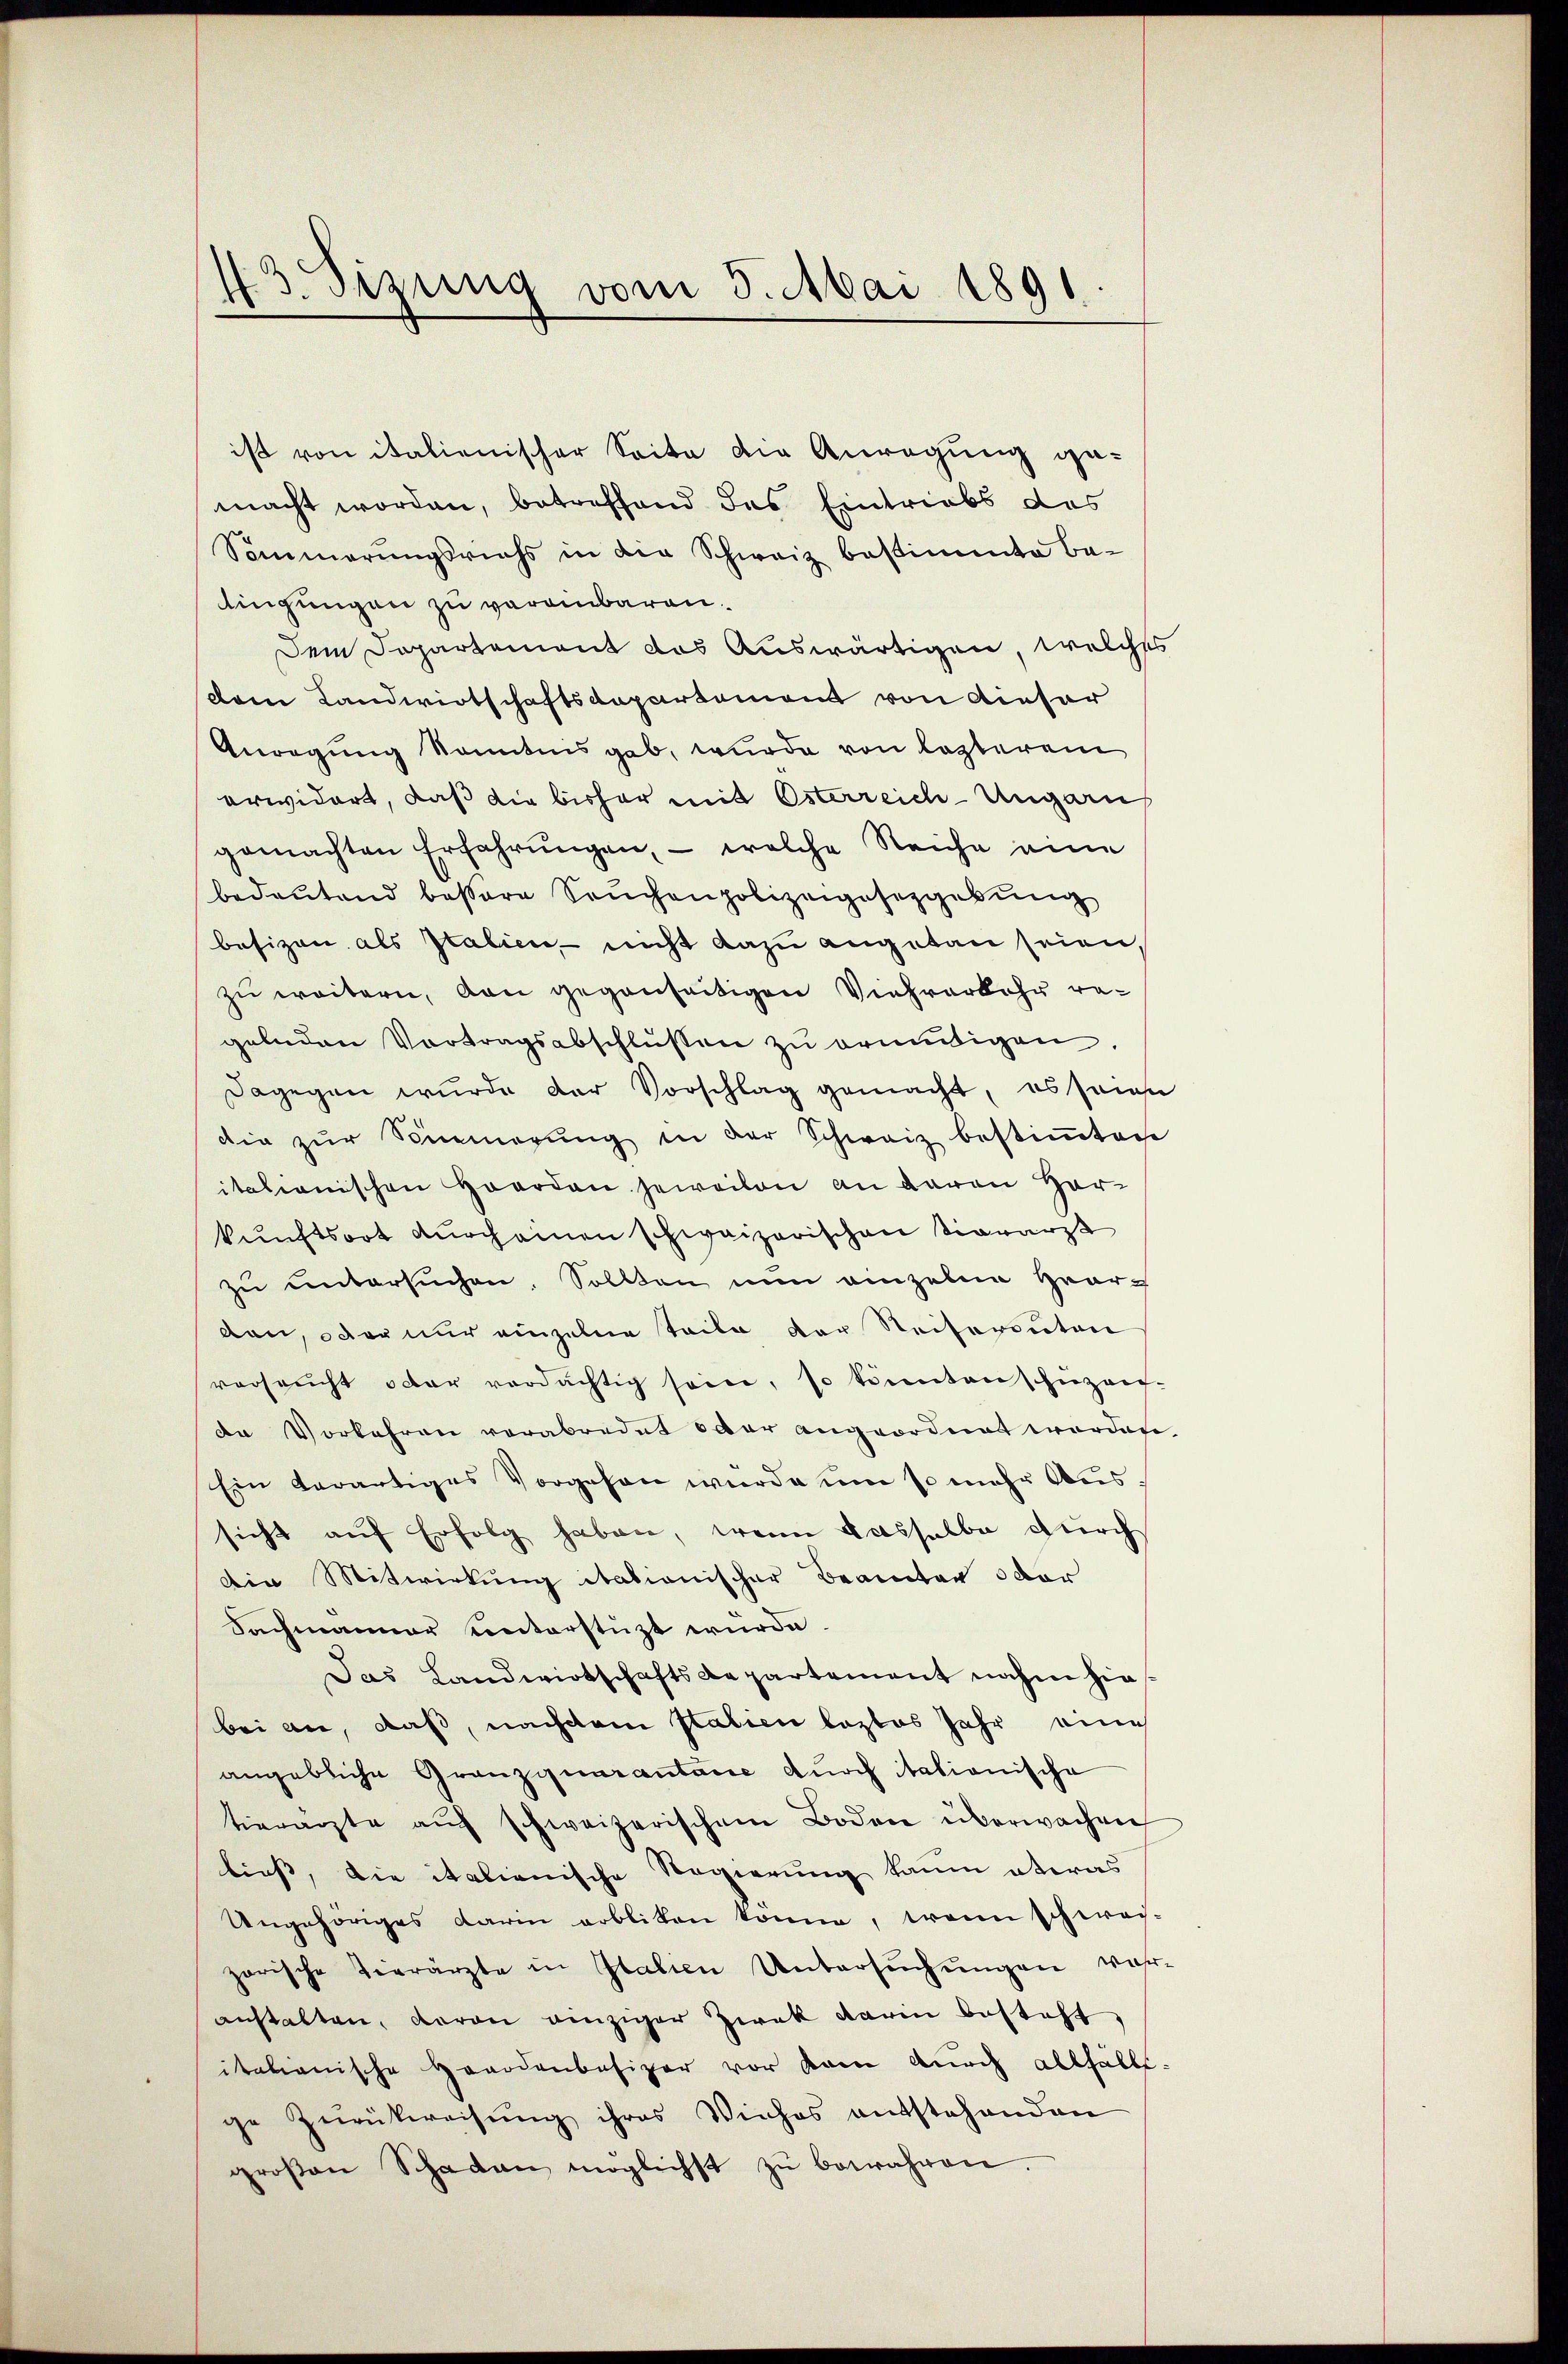
ist von italienischer Seite die Anregung gemacht worden, betreffend das Eintriebs des
Sommerungsrichs in die Schweiz bestimmte Be-
lingungen zu veranbaren.
Dem Departement des Auswärtigen, welches
Dem Landwirtschaftsdepartement von dieser
Anregung konntens gab, wurde von lezterem
erwidert, daß die bisher mit Österreich-Ungarn
gemachten Erfahrungen, – welche Reiche eine
bedeutend bessere Seuchenpolizeigesetzgebung
besizen als Italien, nicht dazu angetan seien,
zu weitern, den gegenseitigen Viehverkehr regelnden Vortragsabschlüssen zu ermütigen.
Dagegen wurde der Vorschlag gemacht, es seien
die zur Sinnerung in der Schweiz bestiṁten
itationischen Hoerden jeweilen an daron Herkunftsort durchainen schweizerischen Signarzt
zŭ ŭntersŭchen. Sollten nun einzelne Grar-
den, oder nur einzelne Teile der Reisereuten
verseucht oder verdächtig sein, so könntens hiezen-
de Vorkehren verabredet oder angeordnet worden.
Ein terartiges Vorgehen wurde um so mehr Aus
sicht aŭf Erfolg haben, wenn dasselbe durch
Die Mitwirkung itationischer Beamten oder
Sachmanner unterstüzt wurde.
Jas Landwirtschaftsdepartement nahm hiebei an, daß, nachdem statien leztes Jahr eines
angebliche Gränzquarantane durch itationische
tierärzte aŭf schweizerischem Boden überwachen
liess, die italienische Regierung kaum etwas
Ungehöriges darin erbliten könne, wenn schwach-
zorische Tierärzte in Italien Untersŭchŭngen wahr-
anstalten, daran einziger Zwak darin besteht,
italianische Handenbesizer vor kann durch allfällsge Zurückweisung ihres Viehes entstehenden
groβen Schaden möglichst zŭ bewahren.

13 Sirung vom 5. Mai 1891.